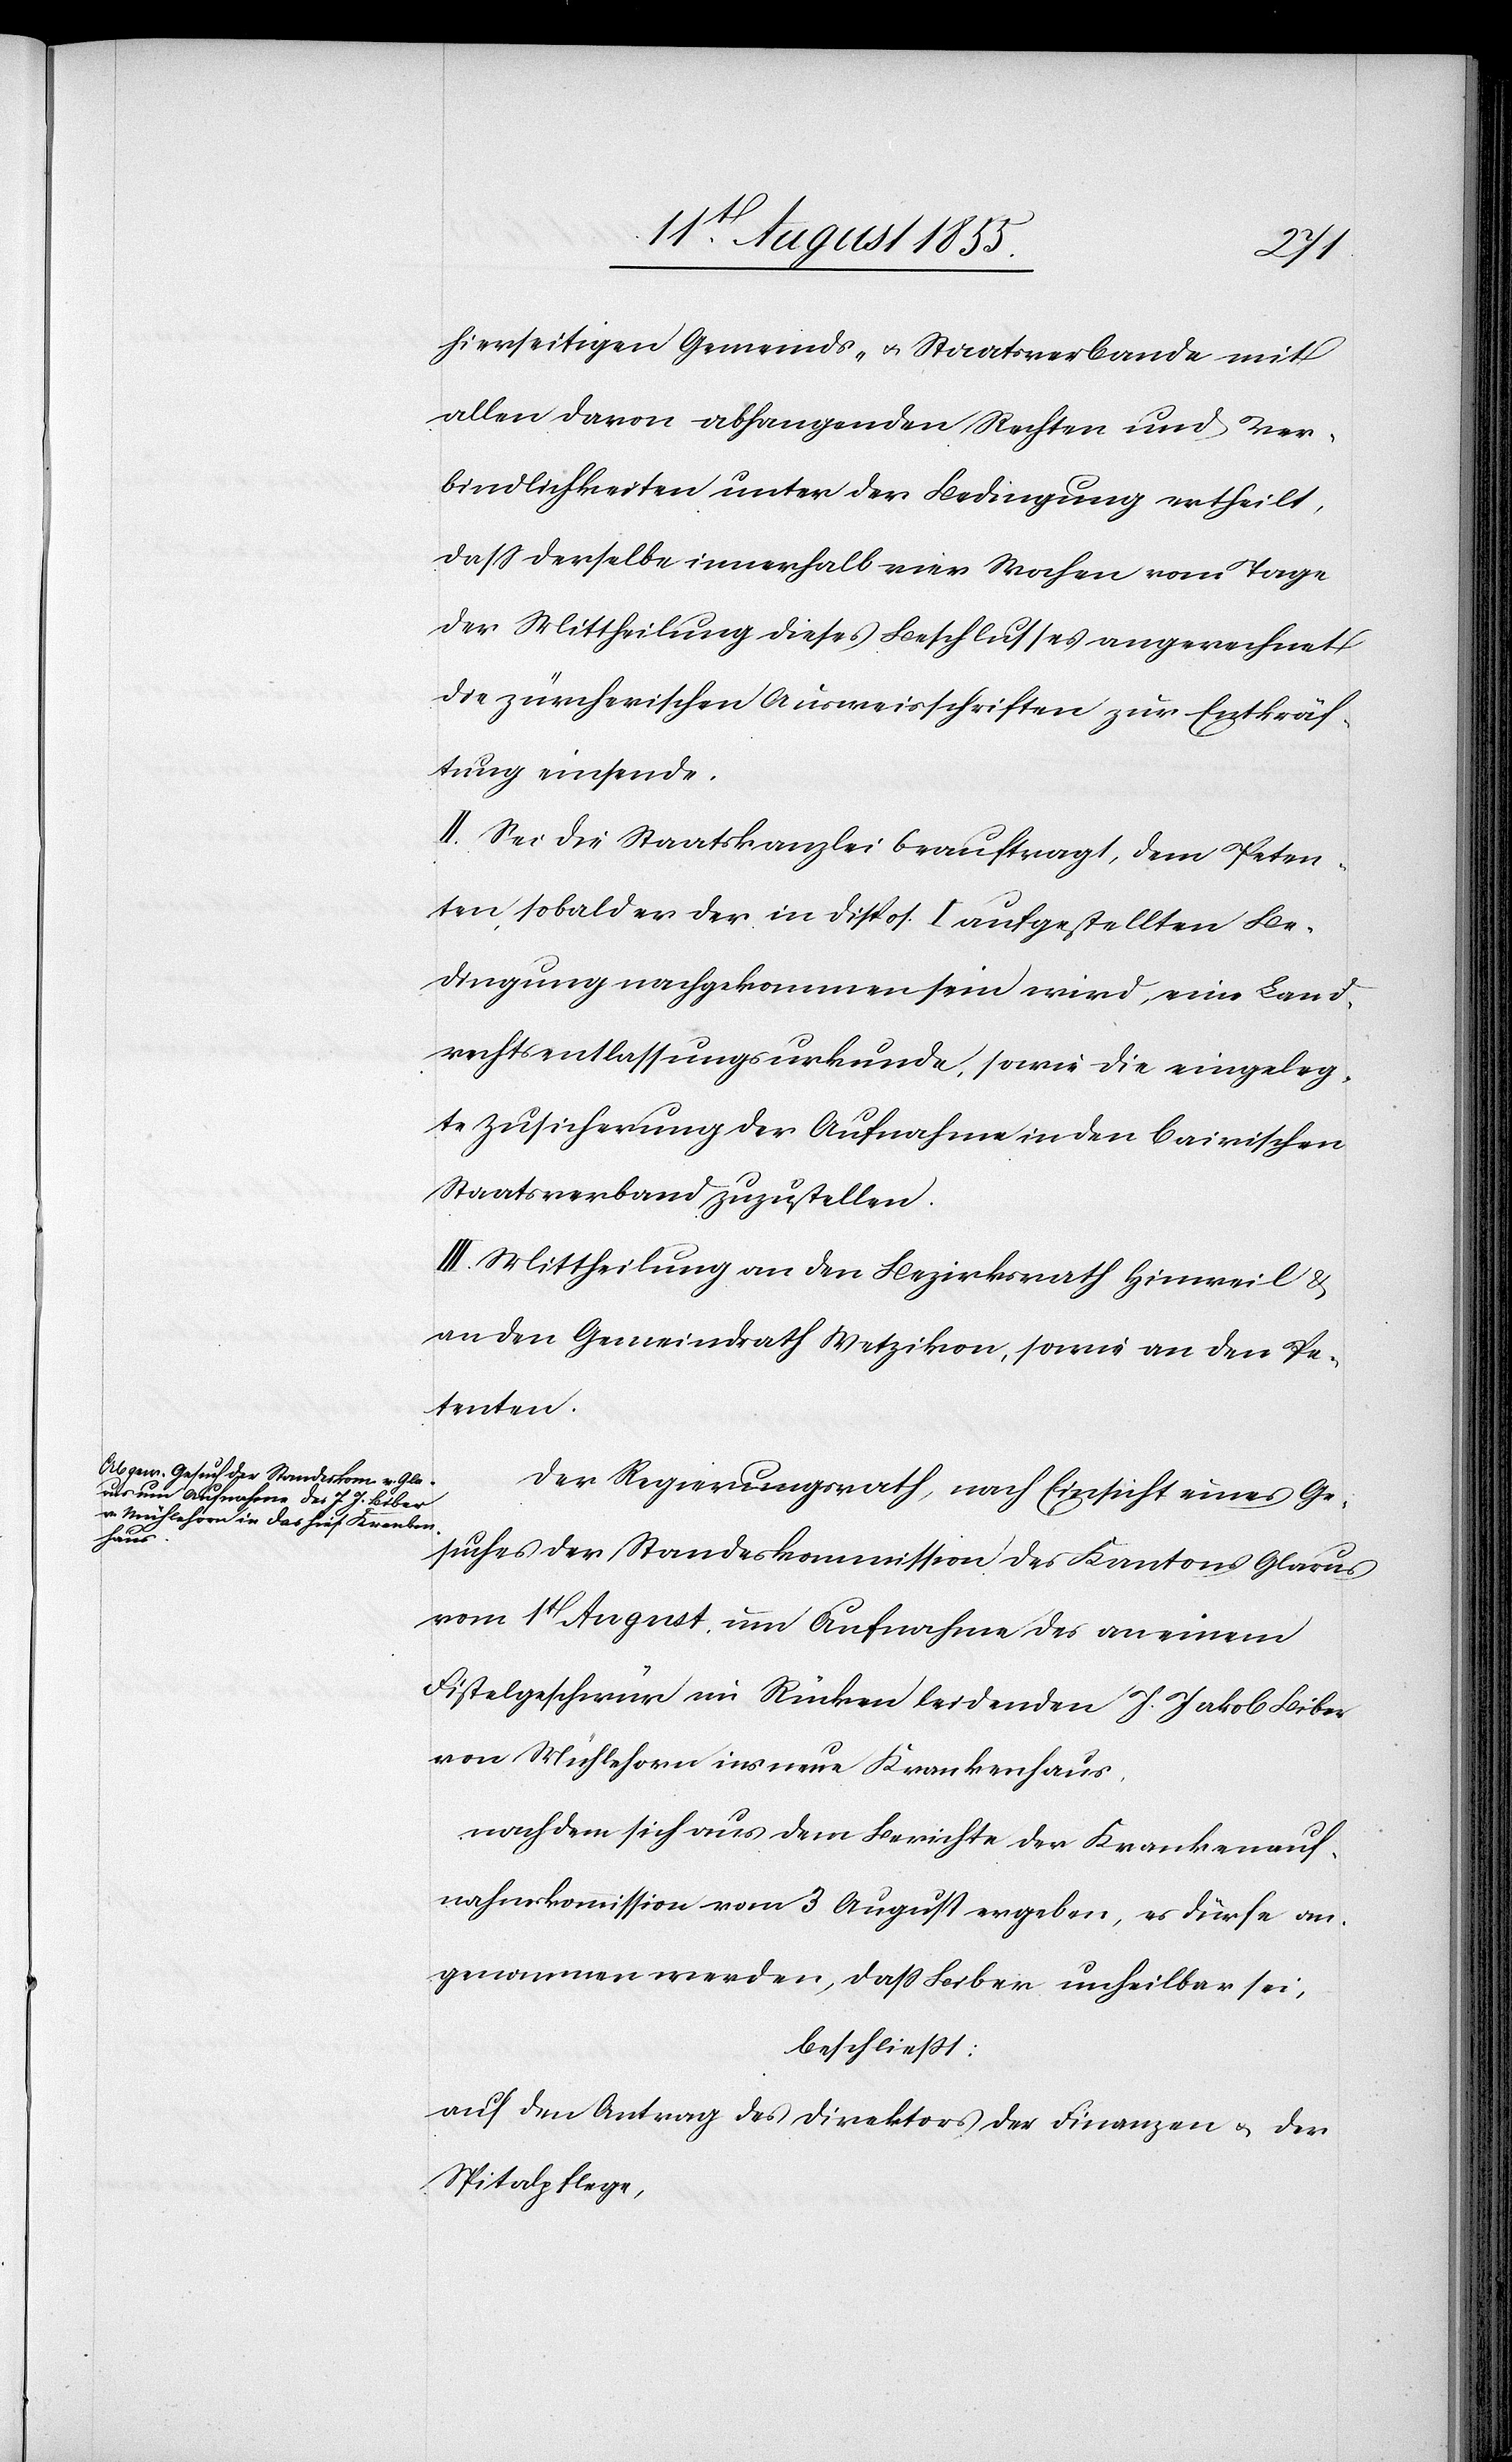
hierseitigen Gemeinds- & Staatsverbande mit
allen davon abhangenden Rechten und Ver¬
bindlichkeiten unter der Bedingung ertheilt,
dass derselbe innerhalb vier Wochen vom Tage
der Mittheilung dieses Beschlusses angerechnet
die zürcherischen Ausweisschriften zur Entkräf¬
tung einsende.
II. Sei die Staatskanzlei beauftragt, dem Peten¬
ten, sobald er der in Dispos. I aufgestellten Be¬
dingung nachgekommen sein wird, eine Land¬
rechtsentlassungsurkunde, sowie die eingeleg¬
te Zusicherung der Aufnahme in den bairischen
Staatsverband zuzustellen.
III. Mittheilung an den Bezirksrath Hinweil &
an den Gemeindrath Wetzikon, sowie an den Pe¬
tenten.
Der Regierungsrath, nach Einsicht eines Ge¬
suches der Standeskommission des Kantons Glarus
vom 1t August, um Aufnahme des an einem
Fistelgeschwür im Rücken leidenden J. Jakob Biber
von Mühlehorn ins neue Krankenhaus,
nachdem sich aus dem Berichte der Krankenauf¬
nahmskommission vom 3 August ergeben, es dürfe an¬
genommen werden, dass Biber unheilbar sei,
beschliesst:
auf den Antrag des Direktors der Finanzen & der
Spitalpflege,